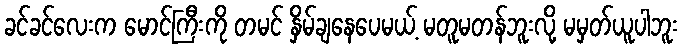
ခင်ခင်လေးက မောင်ကြီးကို တမင် နှိမ်ချနေပေမယ့် မတူမတန်ဘူးလို့ မမှတ်ယူပါဘူး